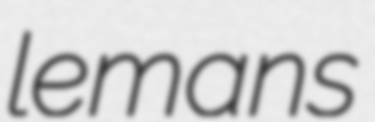
lemans